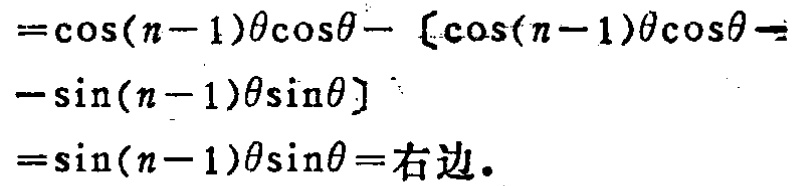
\[

\begin{align*}

&=\cos(n - 1)\theta\cos\theta-[\cos(n - 1)\theta\cos\theta-\\

&-\sin(n - 1)\theta\sin\theta]\\

&=\sin(n - 1)\theta\sin\theta=\text{右边}.

\end{align*}

\]